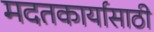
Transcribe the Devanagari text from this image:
मदतकार्यासाठी